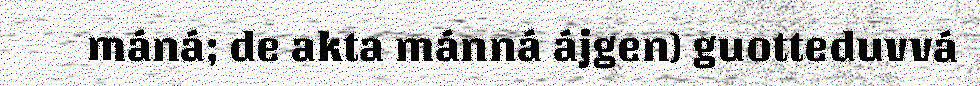
máná; de akta mánná ájgen) guotteduvvá